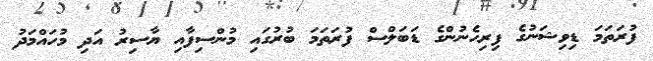
ފުރަތަމަ ޑިވިޝަނުގެ ފިރިހެނުންގެ ޑަބަލްސް ފުރަތަމަ ބުރުގައި މުންސިފާއި ޔާސިރު އަދި މުހައްމަދު